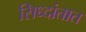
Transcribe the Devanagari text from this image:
सिध्दांतात